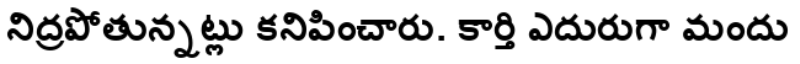
నిద్రపోతున్నట్లు కనిపించారు. కార్తి ఎదురుగా మందు